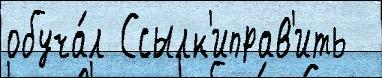
обуча́л Ссылк'иправ'ить